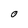
Character: O